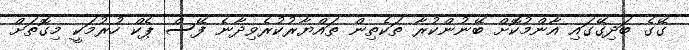
ގޭގެ ބަދިގޭގައި އާންމުކޮށް ބޭނުންކުރާ ތަކެތިން ތައްޔާރުކުރެވިދާނެ ފޭސް ޕެކް ހުރުމަކީ މިގޮތަށް